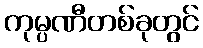
ကုမ္ပဏီတစ်ခုတွင်